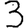
Digit: 3